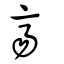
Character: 齊